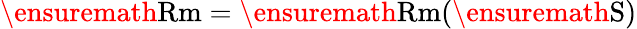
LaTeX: \ensuremath\mathrm{{Rm}}=\ensuremath\mathrm{{Rm}}(\ensuremath\mathrm{{S}})